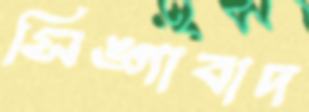
সিঙ্গাবাদ